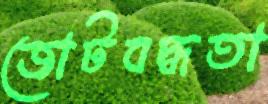
জোটবদ্ধতা